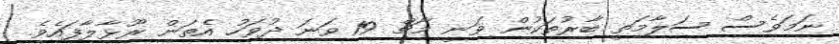
ނަމަވެސް ސަލާމަތީ ބާރުތަކުން ވަނީ މާޗް 19 ވަނަ ދުވަހު އެތަން ރޫޅާލާފައެވެ.